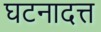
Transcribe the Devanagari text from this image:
घटनादत्त